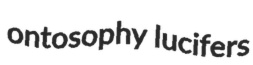
ontosophy lucifers